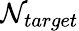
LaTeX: \mathcal{N}_{target}